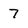
Character: 7